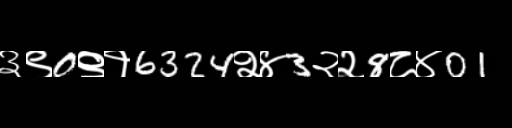
Text: ३९0९१6324२४3२२8८४01